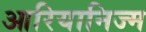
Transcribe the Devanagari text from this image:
आरियानिज्म